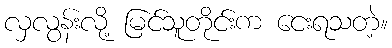
လှလွန်းလို့ မြင်သူတိုင်းက ငေးရသတဲ့။